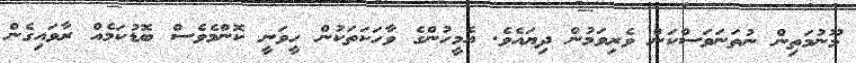
މޫނުމަތިން ނުތަނަވަސްކަން ވެރިވަމުން ދިޔައެވެ. އެމީހުންގެ ވާހަކަތަކުން ހީވަނީ ކޮންމެވެސް ބޮޑުކަމެއް ރާވައިގެން